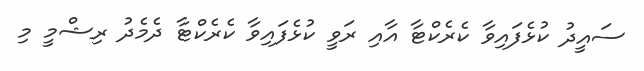
ސައީދު ކުޅެފައިވާ ކެރެކްޓާ އާއި ރަވީ ކުޅެފައިވާ ކެރެކްޓާ ދެމެދު ރިޝްމީ މި